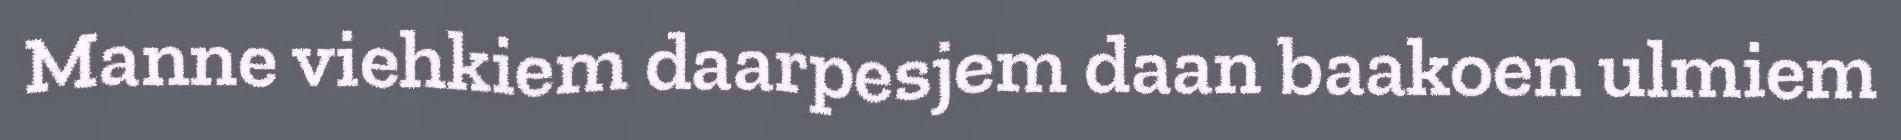
Manne viehkiem daarpesjem daan baakoen ulmiem